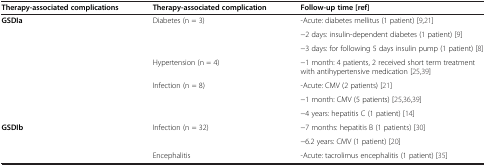
<table><thead><tr><td><b>Therapy-associated complications</b></td><td><b>Therapy-associated complication</b></td><td><b>Follow-up time [ref]</b></td></tr></thead><tbody><tr><td><b>GSDIa</b></td><td>Diabetes (n = 3)</td><td>-Acute: diabetes mellitus (1 patient) [9,21]</td></tr><tr><td> </td><td> </td><td>-2 days: insulin-dependent diabetes (1 patient) [9]</td></tr><tr><td> </td><td> </td><td>-3 days: for following 5 days insulin pump (1 patient) [8]</td></tr><tr><td> </td><td>Hypertension (n = 4)</td><td>-1 month: 4 patients, 2 received short term treatment with antihypertensive medication [25,39]</td></tr><tr><td> </td><td>Infection (n = 8)</td><td>-Acute: CMV (2 patients) [21]</td></tr><tr><td> </td><td> </td><td>-1 month: CMV (5 patients) [25,36,39]</td></tr><tr><td> </td><td> </td><td>-4 years: hepatitis C (1 patient) [14]</td></tr><tr><td><b>GSDIb</b></td><td>Infection (n = 32)</td><td>-7 months: hepatitis B (1 patients) [30]</td></tr><tr><td> </td><td> </td><td>-6.2 years: CMV (1 patient) [20]</td></tr><tr><td> </td><td>Encephalitis</td><td>-Acute: tacrolimus encephalitis (1 patient) [35]</td></tr></tbody></table>